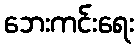
ဘေးကင်းရေး